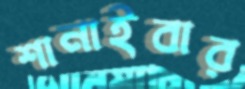
শানাইবার